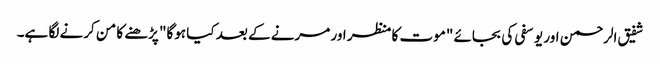
شفیق الرحمن اور یوسفی کی بجائے "موت کا منظر اور مرنے کے بعد کیا ہوگا" پڑھنے کا من کرنے لگا ہے۔